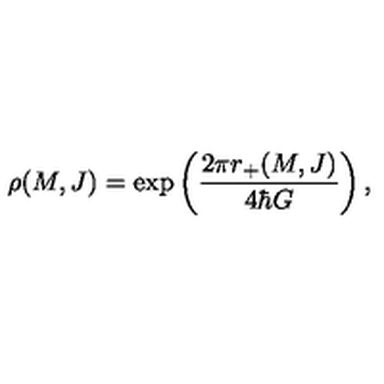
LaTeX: \rho ( M , J ) = \exp \left( \frac { 2 \pi r _ { + } ( M , J ) } { 4 \hbar G } \right) ,